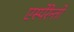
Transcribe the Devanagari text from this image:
एस्पेरेन्तो